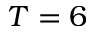
T = 6